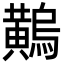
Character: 𪏝